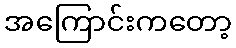
အကြောင်းကတော့